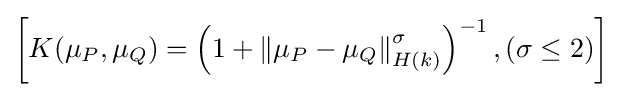
\left[K(\mu _{P},\mu _{Q})=\left(1+\left\|\mu _{P}-\mu _{Q}\right\|_{H(k)}^{\sigma }\right)^{-1},(\sigma \leq 2)\right]